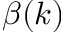
\beta ( k )